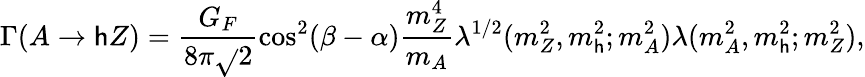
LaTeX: \Gamma(A\rightarrow\mathsf{h}Z)=\frac{{G_{F}}}{{8\pi\sqrt{}{2}}}\cos^{2}(\beta-\alpha)\frac{{m_{Z}^{4}}}{{m_{A}}}\lambda^{1/2}(m_{Z}^{2},m_{\mathsf{h}}^{2};m_{A}^{2})\lambda(m_{A}^{2},m_{\mathsf{h}}^{2};m_{Z}^{2}),